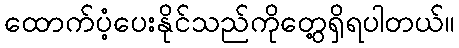
ထောက်ပံ့ပေးနိုင်သည်ကိုတွေ့ရှိရပါတယ်။